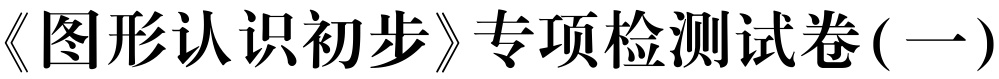
《图形认识初步》专项检测试卷(一)